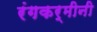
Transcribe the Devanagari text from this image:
रंगकर्मीनी